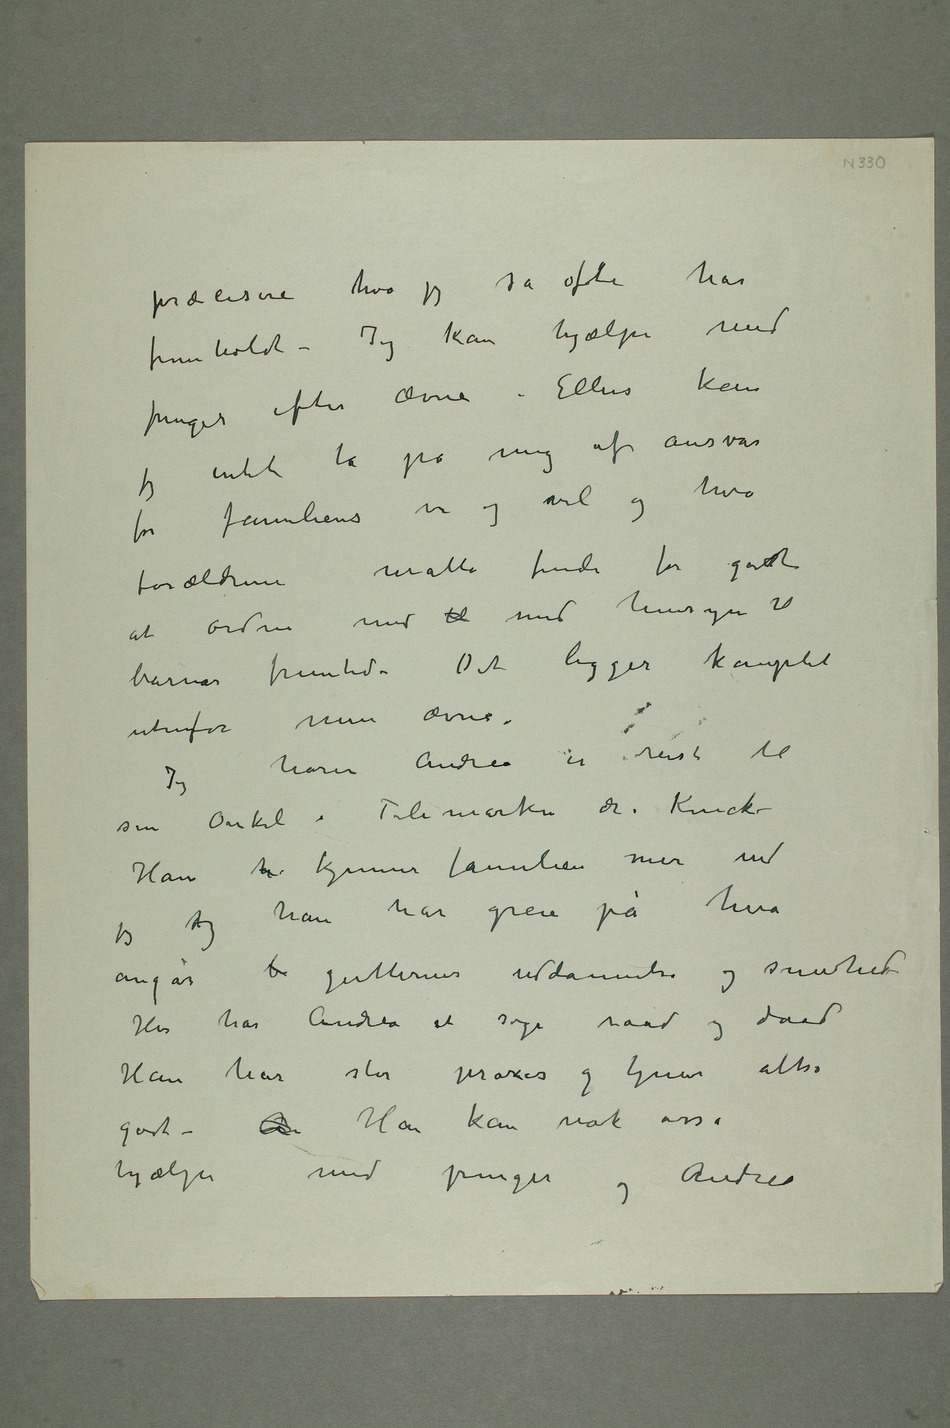
hva jeg så ofte har
fremholdt – Jeg kan hjælpe med
penger efter ævne – Ellers kan
jeg intet ta på mig af ansvar
for familiens ve og vel og
måtte finde for godt
at ordne med til med hensyn til
barnas fremtid – Det ligger komplet
utenfor min ævne.
Jeg hører Andrea er reist til
sin Onkel i Telemarken dr. Kinck
– Han h kjenner familien mer end
jeg hog han har greie på hva
angår b gutternes uddannelse og sundhed –
Her har Andrea at søge raad og daad
Han har stor praxis og tjener altså
godt – An Han kan nok osså
hjælpe med penger og Andrea